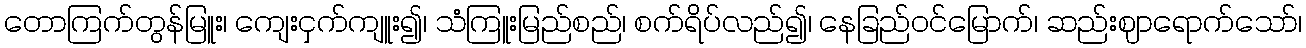
တောကြက်တွန်မြူး၊ ကျေးငှက်ကျူး၍၊ သံကြူးမြည်စည်၊ စက်ရိပ်လည်၍၊ နေခြည်ဝင်မြောက်၊ ဆည်းဈာရောက်သော်၊